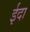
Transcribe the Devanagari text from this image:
ईदा